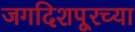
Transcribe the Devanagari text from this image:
जगदिशपूरच्या